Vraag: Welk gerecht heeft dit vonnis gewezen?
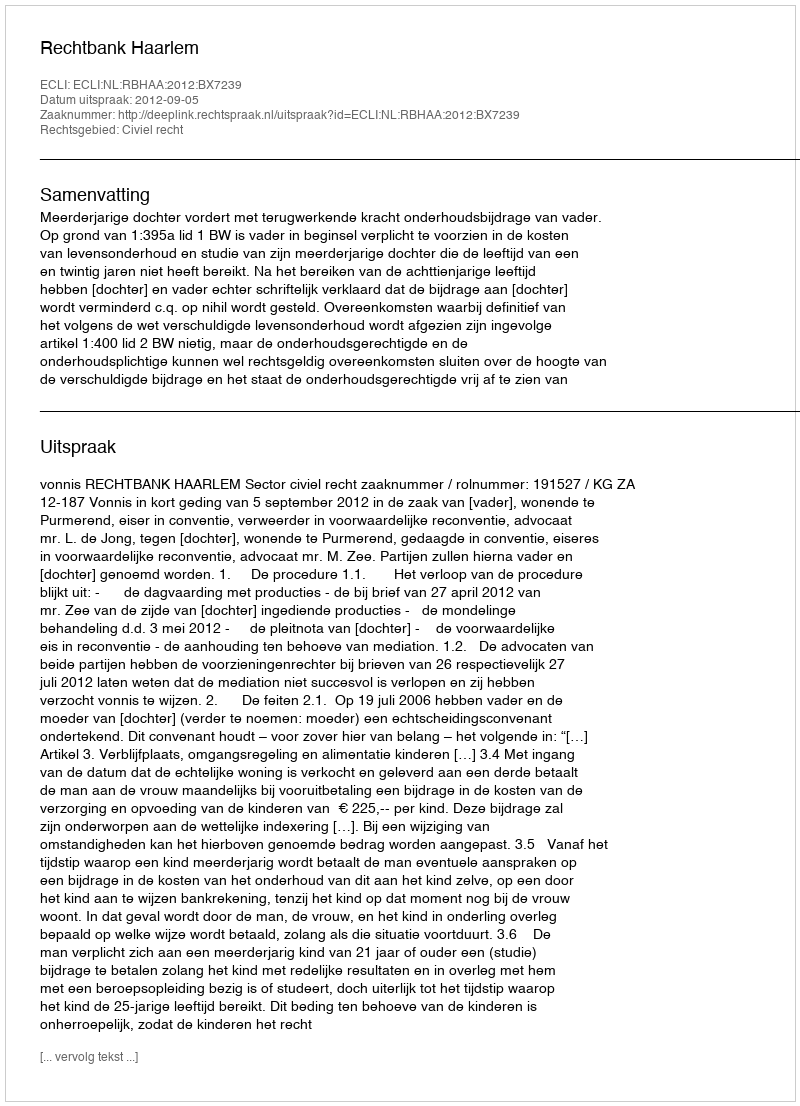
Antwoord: Rechtbank Haarlem